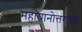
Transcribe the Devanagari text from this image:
महायानोत्तरतंत्र।